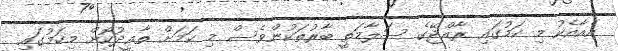
އެއާއެކު މި ކަމުގައި ރާއްޖޭގެ ސަލާމަތީ ބާރުތަކުންވެސް މި ކަމަށް ތާޢީދުކޮށް މިކަމުގައި